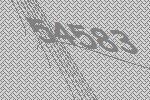
54583